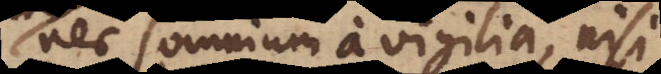
nec somnium a vigilia, nisi